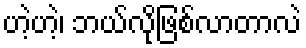
ဟဲ့ဟဲ့၊ ဘယ်လိုဖြစ်လာတာလဲ